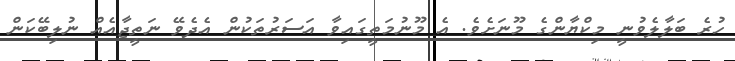
ހުރެ ބަލާލެވުނީ މިކްޔާންގެ މޫނަށެވެ. އެ މޫނުމަތީގައިވާ އަސަރުތަކުން އެދެވޭ ނަތީޖާއެއް ނުލިބޭކަން